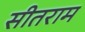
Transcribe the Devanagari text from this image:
सीतराम